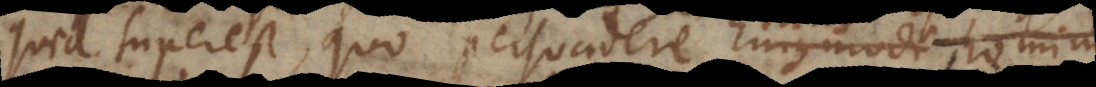
quid superest, quo persuadere hujusmodi homini